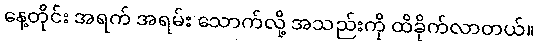
နေ့တိုင်း အရက် အရမ်း သောက်လို့ အသည်းကို ထိခိုက်လာတယ်။